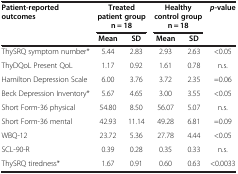
| Patient-reported outcomes | <COLSPAN=2> Treated patient group n = 18 | <COLSPAN=2> Healthy control group n = 18 | p-value |
 |  | Mean | SD | Mean | SD |  |
 | --- | --- | --- | --- | --- | --- |
 | ThySRQ symptom number* | 5.44 | 2.83 | 2.93 | 2.63 | <0.05 |
 | ThyDQoL Present QoL | 1.17 | 0.92 | 1.61 | 0.78 | n.s. |
 | Hamilton Depression Scale | 6.00 | 3.76 | 3.72 | 2.35 | =0.06 |
 | Beck Depression Inventory* | 5.67 | 4.65 | 3.00 | 3.55 | <0.05 |
 | Short Form-36 physical | 54.80 | 8.50 | 56.07 | 5.07 | n.s. |
 | Short Form-36 mental | 42.93 | 11.14 | 49.28 | 6.81 | =0.09 |
 | WBQ-12 | 23.72 | 5.36 | 27.78 | 4.44 | <0.05 |
 | SCL-90-R | 0.39 | 0.28 | 0.35 | 0.33 | n.s. |
 | ThySRQ tiredness* | 1.67 | 0.91 | 0.60 | 0.63 | <0.0033 |